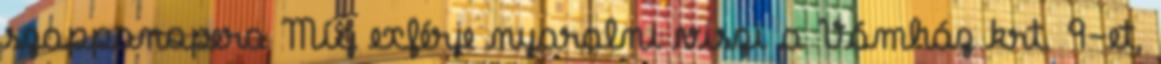
szappanopera Míg exférje nyaralni viszi a Vámház krt. 9-et,